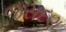
જસદણ